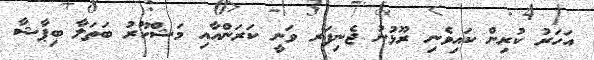
އަހަރު ކުރިން ކައިވެނި ރޫޅުނު ޖެނިފަރ ވަނީ ކަރަންއާއި މަޝްހޫރު ބަތަލާ ބިޕާޝާ